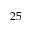
2 5